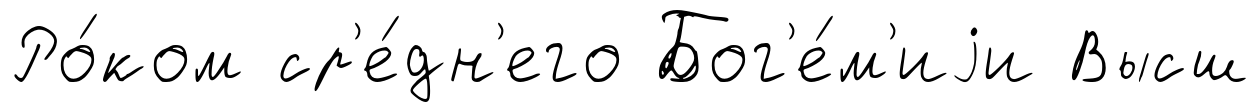
Ро́ком ср'е́дн'его Бог'е́м'иjи Высш